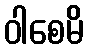
ဝါစေမိ